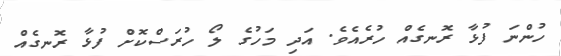
ހުންނަ ފުޅާ ރޮނގެއް ހުރެއެވެ. އަދި މަހުގެ ލޯ ހުރަސްކޮށް ފުޅާ ރޮނގެއް